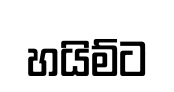
හයිම්ට